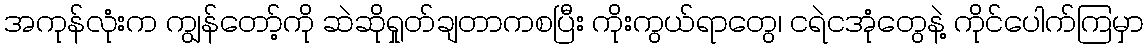
အကုန်လုံးက ကျွန်တော့်ကို ဆဲဆိုရှုတ်ချတာကစပြီး ကိုးကွယ်ရာတွေ၊ ငရဲငအုံတွေနဲ့ ကိုင်ပေါက်ကြမှာ